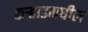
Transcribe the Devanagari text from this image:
कर्‍हाडमधील